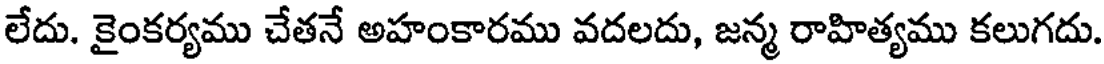
లేదు. కైంకర్యము చేతనే అహంకారము వదలదు, జన్మ రాహిత్యము కలుగదు.